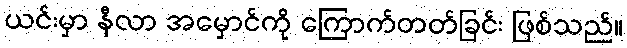
ယင်းမှာ နီလာ အမှောင်ကို ကြောက်တတ်ခြင်း ဖြစ်သည်။